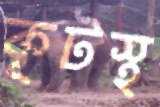
কূটস্থ